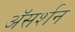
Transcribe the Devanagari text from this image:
अॅसर्शन